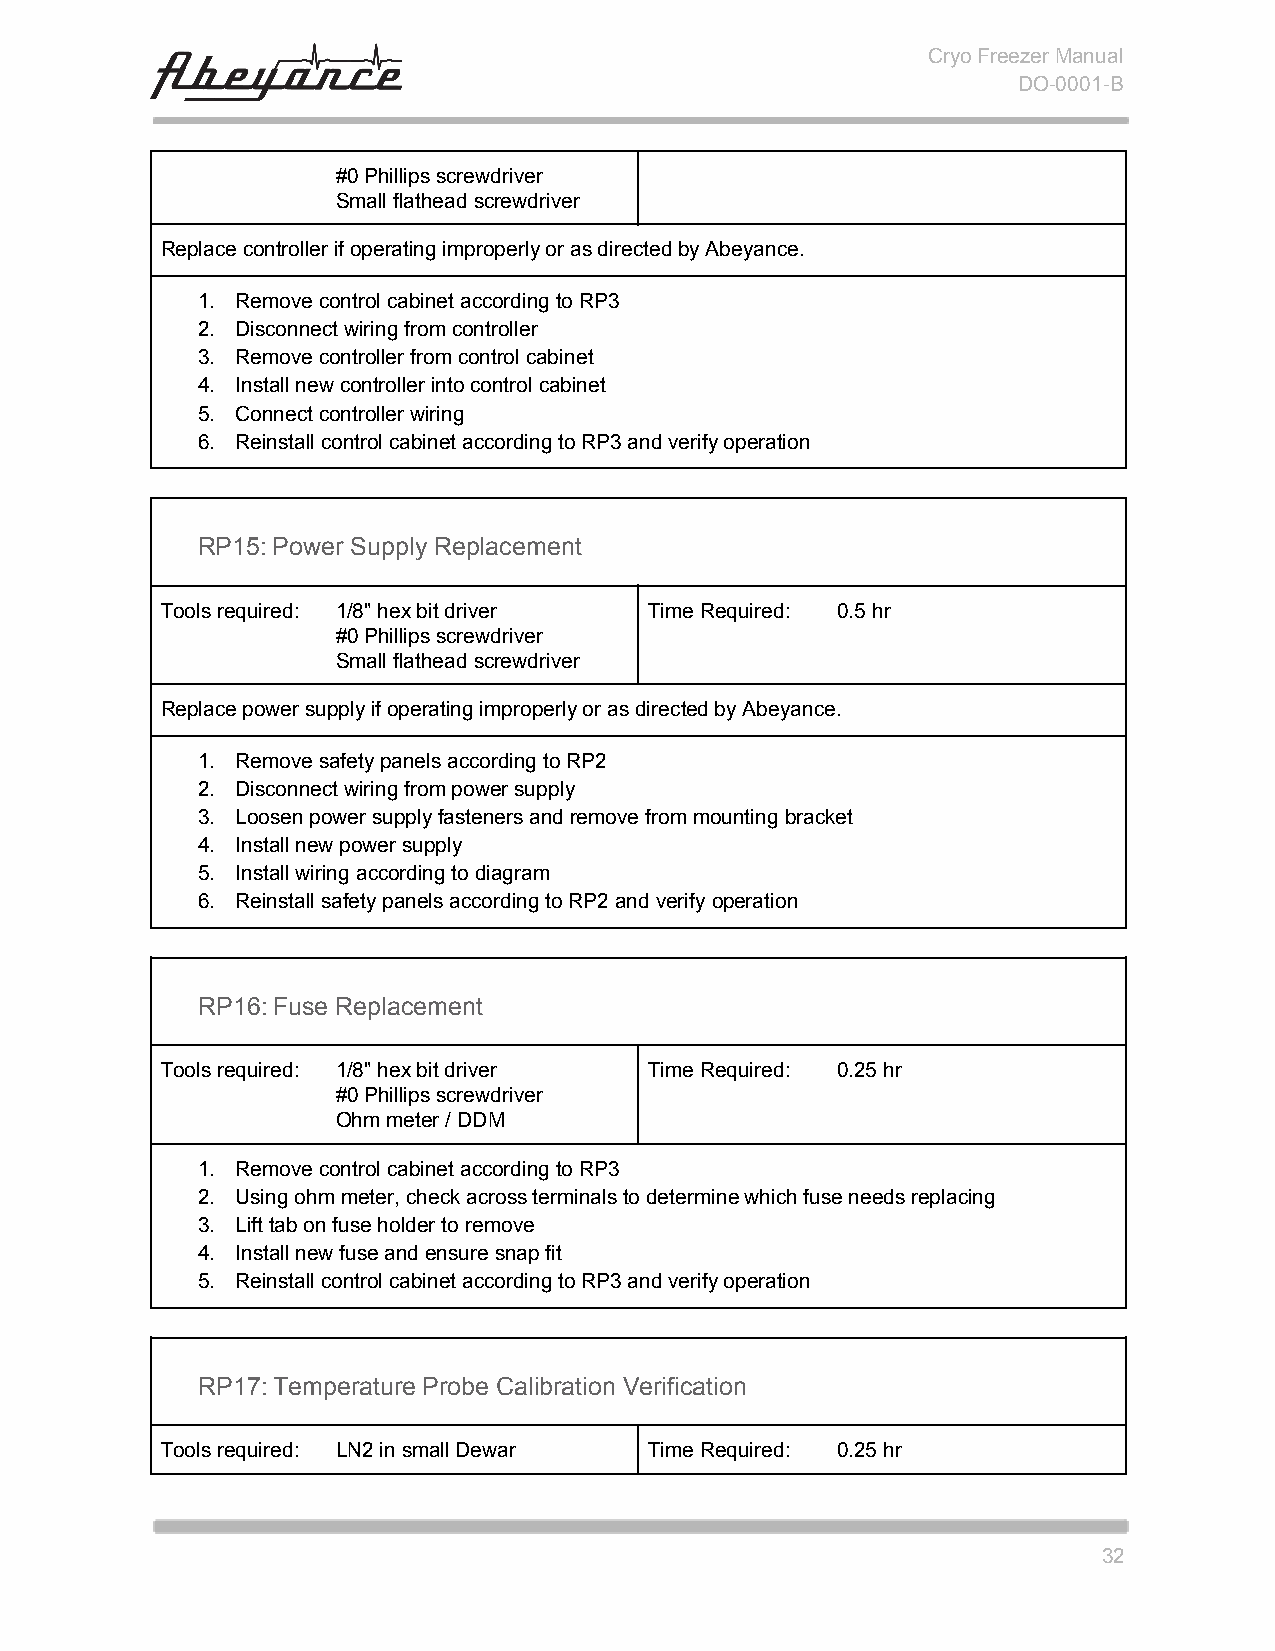
Cryo Freezer Manual
 DO-0001-B
 #0 Phillips screwdriver
 Small flathead screwdriver
 Replace controller if operating improperly or as directed by Abeyance.
 1. Remove control cabinet according to RP3
 2. Disconnect wiring from controller
 3. Remove controller from control cabinet
 4. Install new controller into control cabinet
 5. Connect controller wiring
 6. Reinstall control cabinet according to RP3 and verify operation
 RP15:Power Supply Replacement
 Tools required: 1/8" hex bit driver Time Required: 0.5 hr
 #0 Phillips screwdriver
 Small flathead screwdriver
 Replace power supply if operating improperly or as directed by Abeyance.
 1. Remove safety panels according to RP2
 2. Disconnect wiring from power supply
 3. Loosen power supply fasteners and remove from mounting bracket
 4. Install new power supply
 5. Install wiring according to diagram
 6. Reinstall safety panels according to RP2 and verify operation
 RP16:Fuse Replacement
 Tools required: 1/8" hex bit driver Time Required: 0.25 hr
 #0 Phillips screwdriver
 Ohm meter / DDM
 1. Remove control cabinet according to RP3
 2. Using ohm meter, check across terminals to determine which fuse needs replacing
 3. Lift tab on fuse holder to remove
 4. Install new fuse and ensure snap fit
 5. Reinstall control cabinet according to RP3 and verify operation
 RP17:Temperature Probe Calibration Verification
 Tools required: LN2 in small Dewar Time Required: 0.25 hr
 32